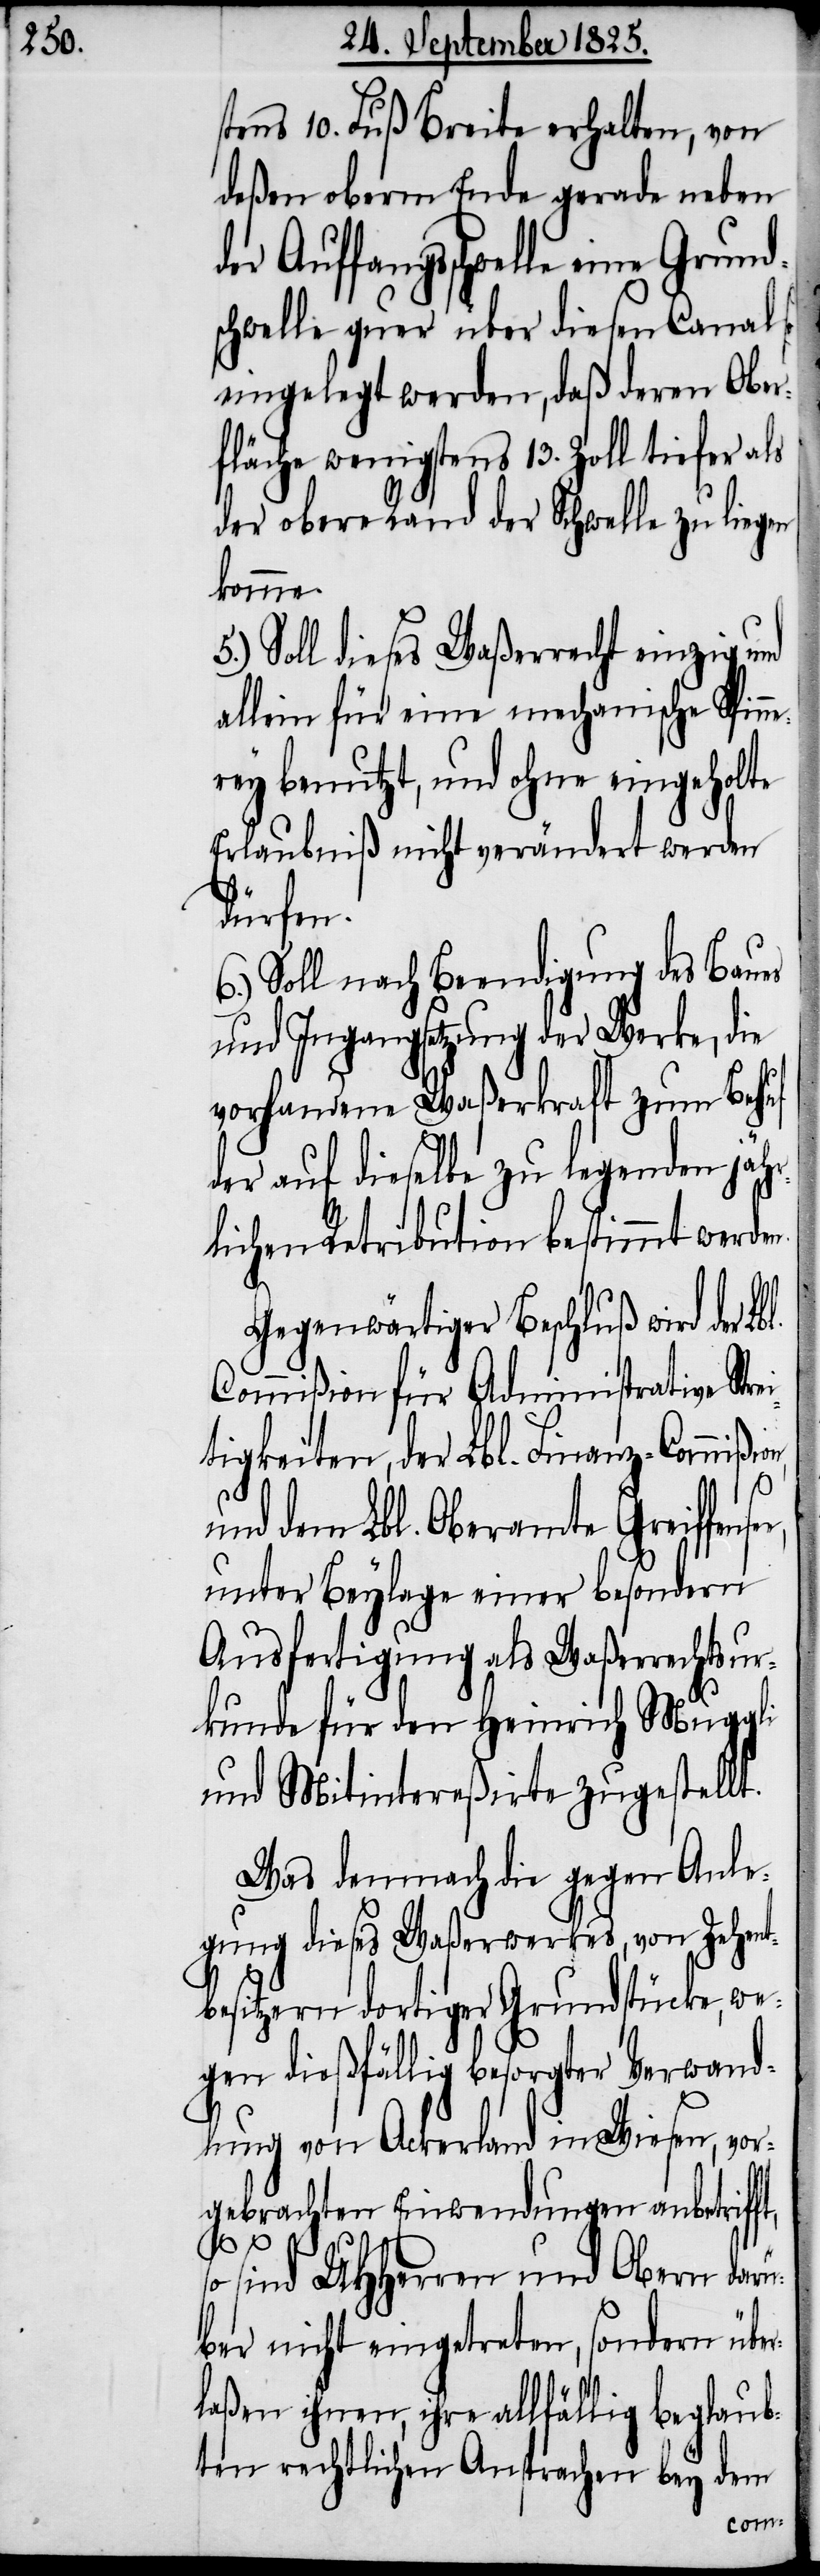
stens 10. Fuß Breite erhalten, von
deßen obern Ende gerade neben
er Auffangsschwelle eine Grund¬
schwelle quer über diesen Canal
eingelegt werden, daß deren Ober¬
fläche wenigstens 13. Zoll tiefer als
der obere Rand der Schwelle zu liegen
komme.
5.) Soll dieses Waßerrecht einzig und
allein für eine mechanische Spin¬
rey benutzt, und ohne eingeholte
Erlaubniß nicht verändert werden
dürfen.
6.) Soll nach Beendigung des Baues
und Ingangsetzung der Werke, die
vorhandene Waßerkraft zum Behuf
der auf dieselbe zu legenden jähr¬
lichen Retribution bestimmt werde¬
Gegenwärtiger Beschluß wird der
Commißion für Administrative Str¬
tigkeiten, der Lbl. Finanz-Commißi¬
und dem Lbl. Oberamte Greiffens¬
unter Beylage einer besondern
Ausfertigung als Waßerrechtsur¬
kunde für den Heinrich Muggli
und Mitintereßirte zugestellt.
Was demnach die gegen Anle¬
gung dieses Waßerwerkes, von Zehent¬
besitzern dortiger Grundstücke, we¬
gen dießfällig besorgter Verwand¬
lung von Ackerland in Wiesen, vor¬
r¬
gebrachten Einwendungen anbetriff¬
o sind UHHerren und Obern darü¬
ber nicht eingetreten, sondern übe¬
laßen ihnen, ihre allfällig beglaub¬
ten rechtlichen Ansprachen bey dem